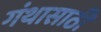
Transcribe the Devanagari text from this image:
गंथासाठी